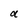
Character: a